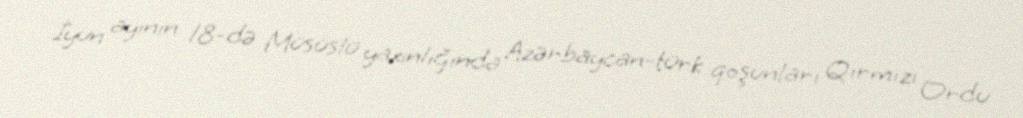
İyun ayının 18-də Müsüslü yaxınlığında Azərbaycan-türk qoşunları Qırmızı Ordu